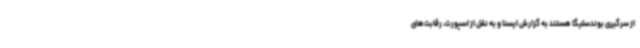
از سرگیری بوندسلیگا هستند به گزارش ایسنا و به نقل از اسپورت، رقابت‌های